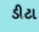
ડીટા